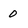
Character: 0